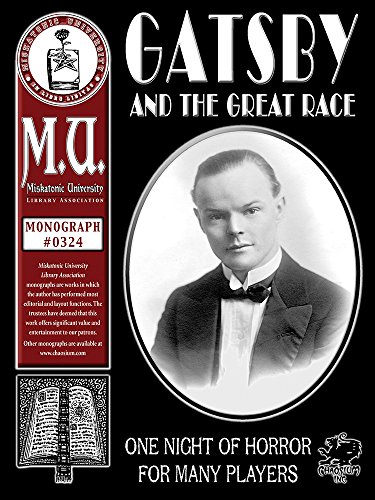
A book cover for Gatsby and the Great Race (M.U. Library Assn. monograph, Call of Cthulhu #0324); Paul Fricker; Science Fiction & Fantasy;